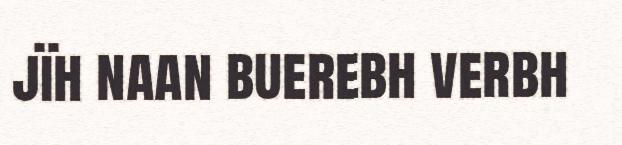
jïh naan buerebh verbh